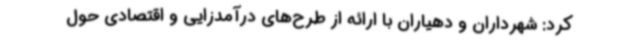
کرد: شهرداران و دهیاران با ارائه از طرح‌های درآمدزایی و اقتصادی حول